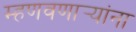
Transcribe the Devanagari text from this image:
म्हणवणार्‍यांना